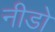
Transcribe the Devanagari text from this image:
नीडो